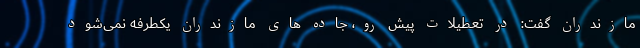
مازندران گفت: در تعطیلات پیش رو، جاده های مازندران یکطرفه نمی‌شود